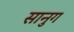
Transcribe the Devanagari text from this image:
सानुग